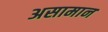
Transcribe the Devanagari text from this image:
असामान